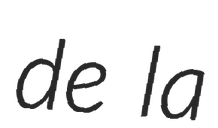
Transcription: de la